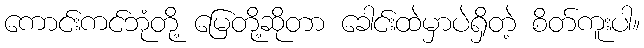
ကောင်းကင်ဘုံတို့ မြေတို့ဆိုတာ ခေါင်းထဲမှာပဲရှိတဲ့ စိတ်ကူးပါ။